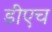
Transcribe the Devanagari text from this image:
डीएच